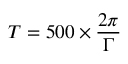
T = 5 0 0 \times \frac { 2 \pi } { \Gamma }